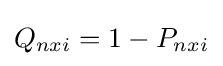
Q_{nxi}=1-P_{nxi}